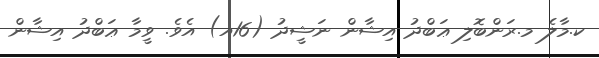
ކ.މާލެ މ.ރަންބޮލި ޢަބްދު އިޝާން ނަޝީދު (16އ) އެވެ. ވީމާ ޢަބްދު އިޝާން